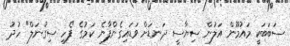
ސަބަބަކީ މައުމޫން އަލުން ސިޔާސީ ދަނޑަށް ވަޑައިގެންފާނެ ކަމުގެ "ފެހި ސިގުނަލް" ހުދު